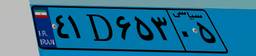
۴۱D۶۵۳۰۵